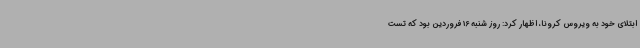
ابتلای خود به ویروس کرونا، اظهار کرد: روز شنبه 16 فروردین بود که تست